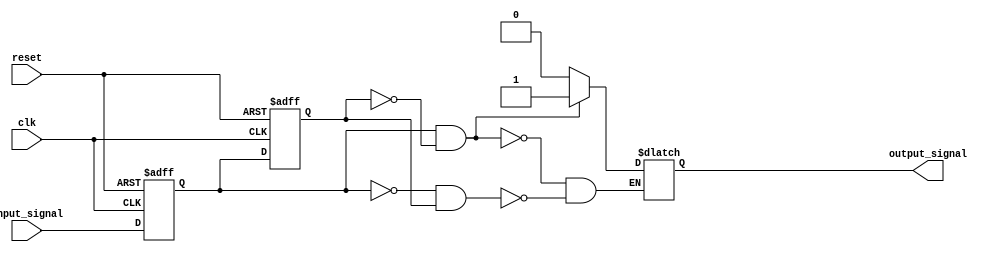
module schmitt_trigger_buffer (
    input wire clk,
    input wire reset,
    input wire input_signal,
    output reg output_signal
);

reg reg1, reg2;

always @(posedge clk or posedge reset) begin
    if (reset) begin
        reg1 <= 1'b0;
        reg2 <= 1'b0;
    end else begin
        reg1 <= input_signal;
        reg2 <= reg1;
    end
end

always @* begin
    if (reg1 && ~reg2) begin
        output_signal <= 1'b1;
    end else if (~reg1 && reg2) begin
        output_signal <= 1'b0;
    end
end

endmodule